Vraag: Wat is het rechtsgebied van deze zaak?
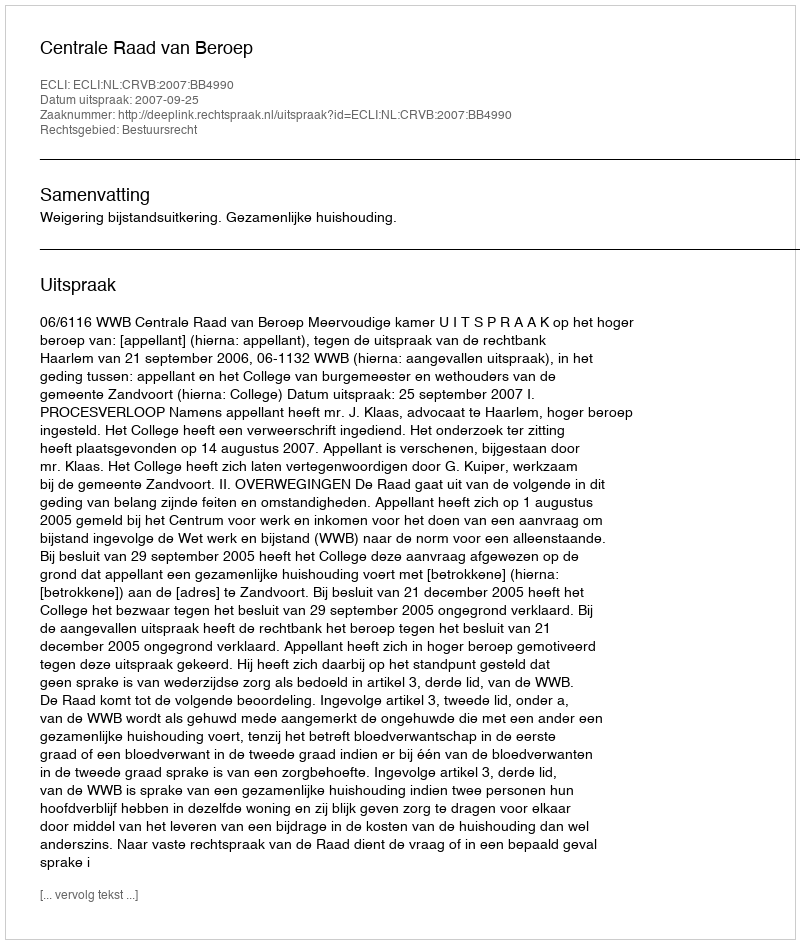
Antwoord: Bestuursrecht